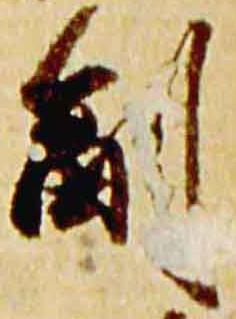
副